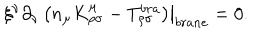
LaTeX: \left. \xi ^ { \nu } \partial _ { \nu } \left( n _ { \mu } K _ { \rho \sigma } ^ { \mu } - T _ { \rho \sigma } ^ { b r a } \right) \right| _ { b r a n e } = 0 .